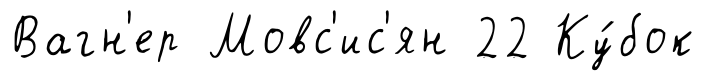
Вагн'ер Мовс'ис'ян 22 Ку́бок